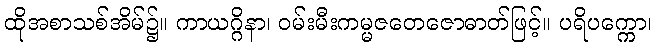
ထိုအစာသစ်အိမ်၌။ ကာယဂ္ဂိနာ၊ ဝမ်းမီးကမ္မဇတေဇောဓာတ်ဖြင့်။ ပရိပက္ကော၊